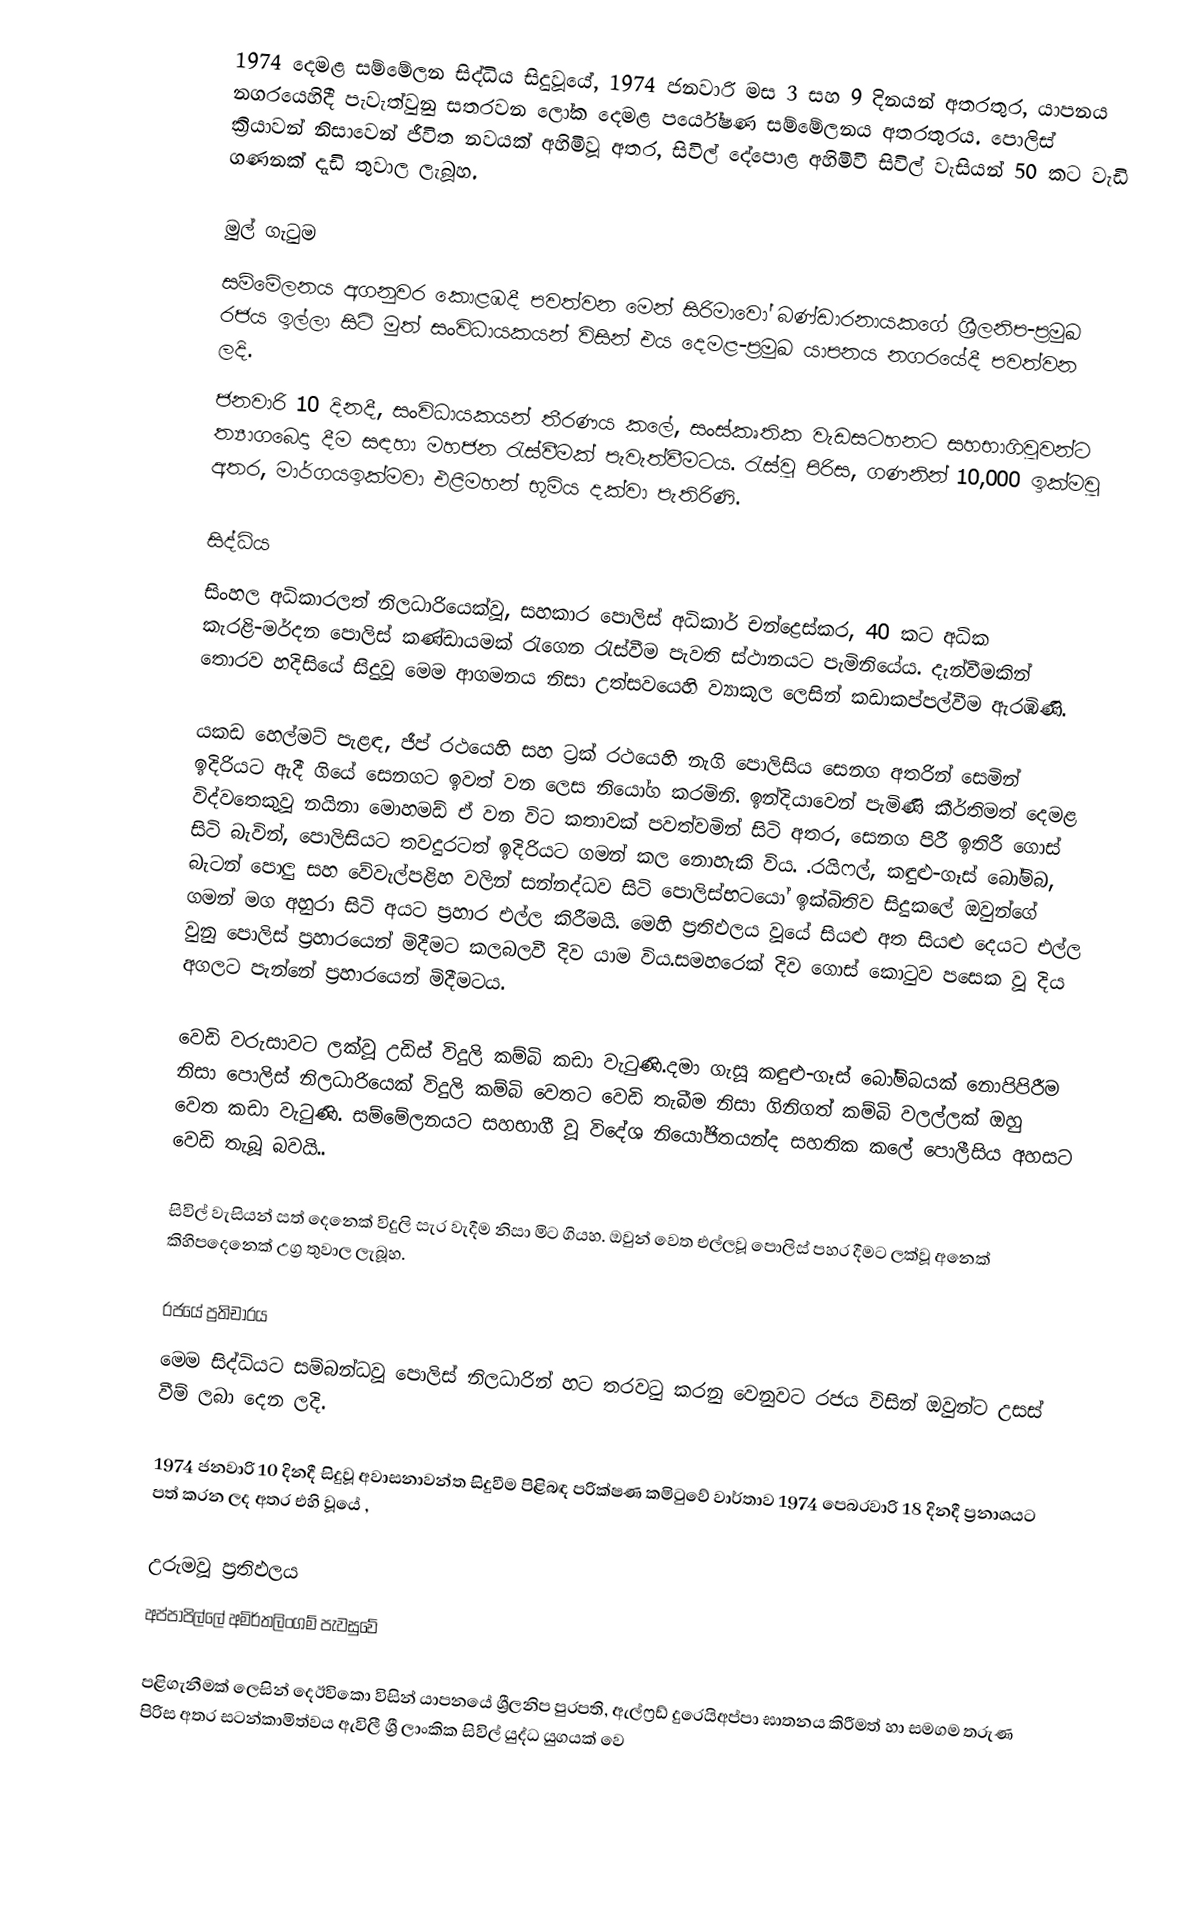
1974 දෙමළ සම්මේලන සිද්ධිය සිදුවූයේ, 1974 ජනවාරි මස 3 සහ 9 දිනයන් අතරතුර,  යාපනය නගරයෙහිදී පැවැත්වුනු සතරවන ලෝක දෙමළ පර්යේෂණ සම්මේලනය අතරතුරය. පොලිස් ක්‍රියාවන් නිසාවෙන් ජීවිත නවයක් අහිමිවූ අතර, සිවිල් දේපොළ අහිමිවී සිවිල් වැසියන් 50 කට වැඩි ගණනක් දැඩි තුවාල ලැබූහ.

මුල්  ගැටුම
සම්මේලනය අගනුවර  කොළඹදී පවත්වන මෙන් සිරිමාවෝ බණ්ඩාරනායකගේ ශ්‍රීලනිප-ප්‍රමුඛ රජය ඉල්ලා සිටි මුත්  සංවිධායකයන් විසින් එය දෙමළ-ප්‍රමුඛ යාපනය නගරයේදී පවත්වන ලදි.
ජනවාරි 10 දිනදී, සංවිධායකයන් තීරණය කලේ, සංස්කෘතික වැඩසටහනට සහභාගිවූවන්ට ත්‍යාගබෙදා දීම සඳහා මහජන රැස්වීමක් පැවැත්වීමටය. රැස්වූ පිරිස, ගණනින් 10,000 ඉක්මවූ අතර, මාර්ගයඉක්මවා එළිමහන් භූමිය දක්වා පැතිරිණි.

සිද්ධිය
සිංහල අධිකාරලත් නිලධාරියෙක්වූ,  සහකාර පොලිස් අධිකාර් චන්ද්‍රෙස්කර, 40 කට අධික කැරළි-මර්දන පොලිස් කණ්ඩායමක් රැගෙන  රැස්වීම පැවති ස්ථානයට පැමිනියේය. දැන්වීමකින් තොරව හදිසියේ සිදුවූ මෙම ආගමනය නිසා උත්සවයෙහි ව්‍යාකූල ලෙසින් කඩාකප්පල්වීම ඇරඹිණි.

යකඩ හෙල්මට් පැළඳ, ජීප් රථයෙහි සහ ට්‍රක් රථයෙහි නැගි පොලිසිය සෙනග අතරින් සෙමින් ඉදිරියට ඇදී ගියේ සෙනගට ඉවත් වන ලෙස නියෝග කරමිනි. ඉන්දියාවෙන් පැමිණි කීර්තිමත් දෙමළ විද්වතෙකුවූ නයිනා මොහමඩ් ඒ වන විට කතාවක් පවත්වමින් සිටි අතර, සෙනග පිරී ඉතිරී ගොස් සිටි බැවින්, පොලිසියට තවදුරටත් ඉදිරියට ගමන් කල නොහැකි විය. .රයිෆල්, කඳුළු-ගෑස් බෝම්බ, බැටන් පොලු සහ වේවැල්පළිහ වලින් සන්නද්ධව සිටි පොලිස්භටයෝ ඉක්බිතිව සිදුකලේ ඔවුන්ගේ ගමන් මග අහුරා සිටි අයට ප්‍රහාර එල්ල කිරීමයි.  මෙහි ප්‍රතිඵලය වූයේ සියළු අත සියළු දෙයට එල්ල වුනු  පොලිස් ප්‍රහාරයෙන් මිදීමට කලබලවී දිව යාම විය.සමහරෙක් දිව ගොස් කොටුව පසෙක වූ දිය අගලට පැන්නේ ප්‍රහාරයෙන් මිදීමටය.

වෙඩි වරුසාවට ලක්වූ උඩිස් විදුලි කම්බි කඩා වැටුණි.දමා ගැසූ කඳුළු-ගෑස් බෝම්බයක් නොපිපිරීම නිසා පොලිස් නිලධාරියෙක් විදුලි කම්බි වෙතට වෙඩි තැබීම නිසා ගිනිගත් කම්බි වලල්ලක් ඔහු වෙත කඩා වැටුණි. සම්මේලනයට සහභාගී වූ විදේශ නියෝජිතයන්ද සහතික කලේ පොලීසිය අහසට වෙඩි තැබූ බවයි..

සිවිල් වැසියන් සත් දෙනෙක් විදුලි සැර වැදීම නිසා මිට ගියහ. ඔවුන් වෙත එල්ලවූ පොලිස් පහර දීම‍ට ලක්වූ අනෙක් කිහිපදෙනෙක් උග්‍ර තුවාල ලැබූහ.

රජයේ ප්‍රතිචාරය
මෙම සිද්ධියට සම්බන්ධවූ පොලිස් නිලධාරින් හට තරවටු කරනු වෙනුවට රජය විසින් ඔවුන්ට උසස් වීම් ලබා දෙන ලදි.

1974 ජනවාරි 10 දිනදී සිදුවූ අවාසනාවන්ත සිදුවීම පිළිබඳ පරික්ෂණ කමිටුවේ වාර්තාව 1974 පෙබරවාරි 18 දිනදී ප්‍රනාශයට පත් කරන ලද අතර එහි වූයේ ,

උරුමවූ ප්‍රතිඵලය
අප්පාපිල්ලේ අමිර්තලිංගම් පැවසුවේ

පළිගැනීමක් ලෙසින් දෙඊවිකො විසින් යාපනයේ  ශ්‍රීලනිප පුරපති, ඇල්ෆ්‍රඩ් දුරෙයිඅප්පා  ඝාතනය කිරීමත් හා සමගම තරුණ පිරිස අතර සටන්කාමිත්වය ඇවිලී  ශ්‍රී ලාංකික සිවිල් යුද්ධ යුගයක් වෙ